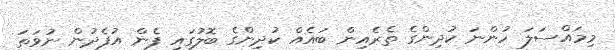
މިމައްސަލަ ހުންނަ ކުދިންގެ ތެރެއިން ބައެއް ކުދިންގެ ބޮލުގައި ފެން އުފެދުން ނުވަތަ